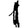
Digit: 1